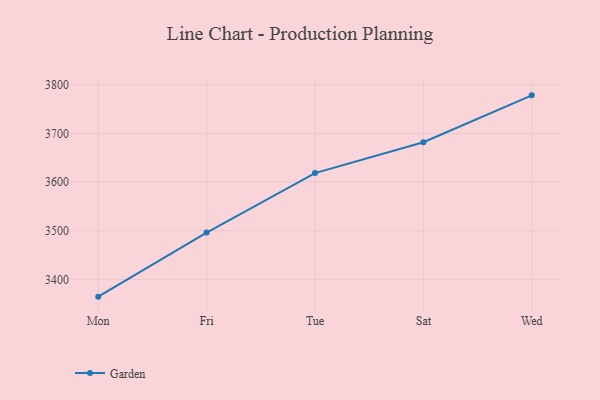
{"axis": {"x": "Day", "y": "Gross Profit (USD K)"}, "legend": ["Garden"], "data": [{"x": "Mon", "y": 3364.4, "type": "Garden"}, {"x": "Fri", "y": 3496.1, "type": "Garden"}, {"x": "Tue", "y": 3618.4, "type": "Garden"}, {"x": "Sat", "y": 3681.9, "type": "Garden"}, {"x": "Wed", "y": 3778.2, "type": "Garden"}]}